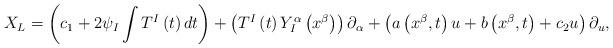
LaTeX: \begin{align*}X_{L}=\left( c_{1}+2\psi _{I}\int T^{I}\left( t\right) dt\right) +\left(T^{I}\left( t\right) Y_{I}^{\alpha }\left( x^{\beta }\right) \right)\partial _{\alpha }+\left( a\left( x^{\beta },t\right) u+b\left( x^{\beta},t\right) +c_{2}u\right) \partial _{u}, \end{align*}